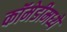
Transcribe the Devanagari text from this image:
कॉमेडीमध्ये